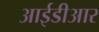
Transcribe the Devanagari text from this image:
आईडीआर